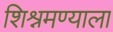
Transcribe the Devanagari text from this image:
शिश्नमण्याला